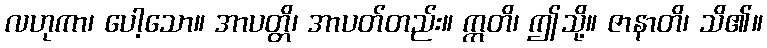
လဟုကာ၊ ပေါ့သော။ အာပတ္တိ၊ အာပတ်တည်း။ ဣတိ၊ ဤသို့။ ဇာနာတိ၊ သိ၏။